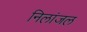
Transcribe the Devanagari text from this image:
निलांजल